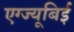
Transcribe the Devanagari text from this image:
एग्ज्यूबिई